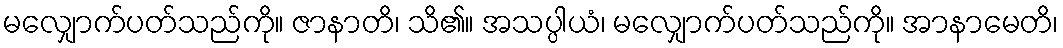
မလျှောက်ပတ်သည်ကို။ ဇာနာတိ၊ သိ၏။ အသပ္ပါယံ၊ မလျှောက်ပတ်သည်ကို။ အာနာမေတိ၊